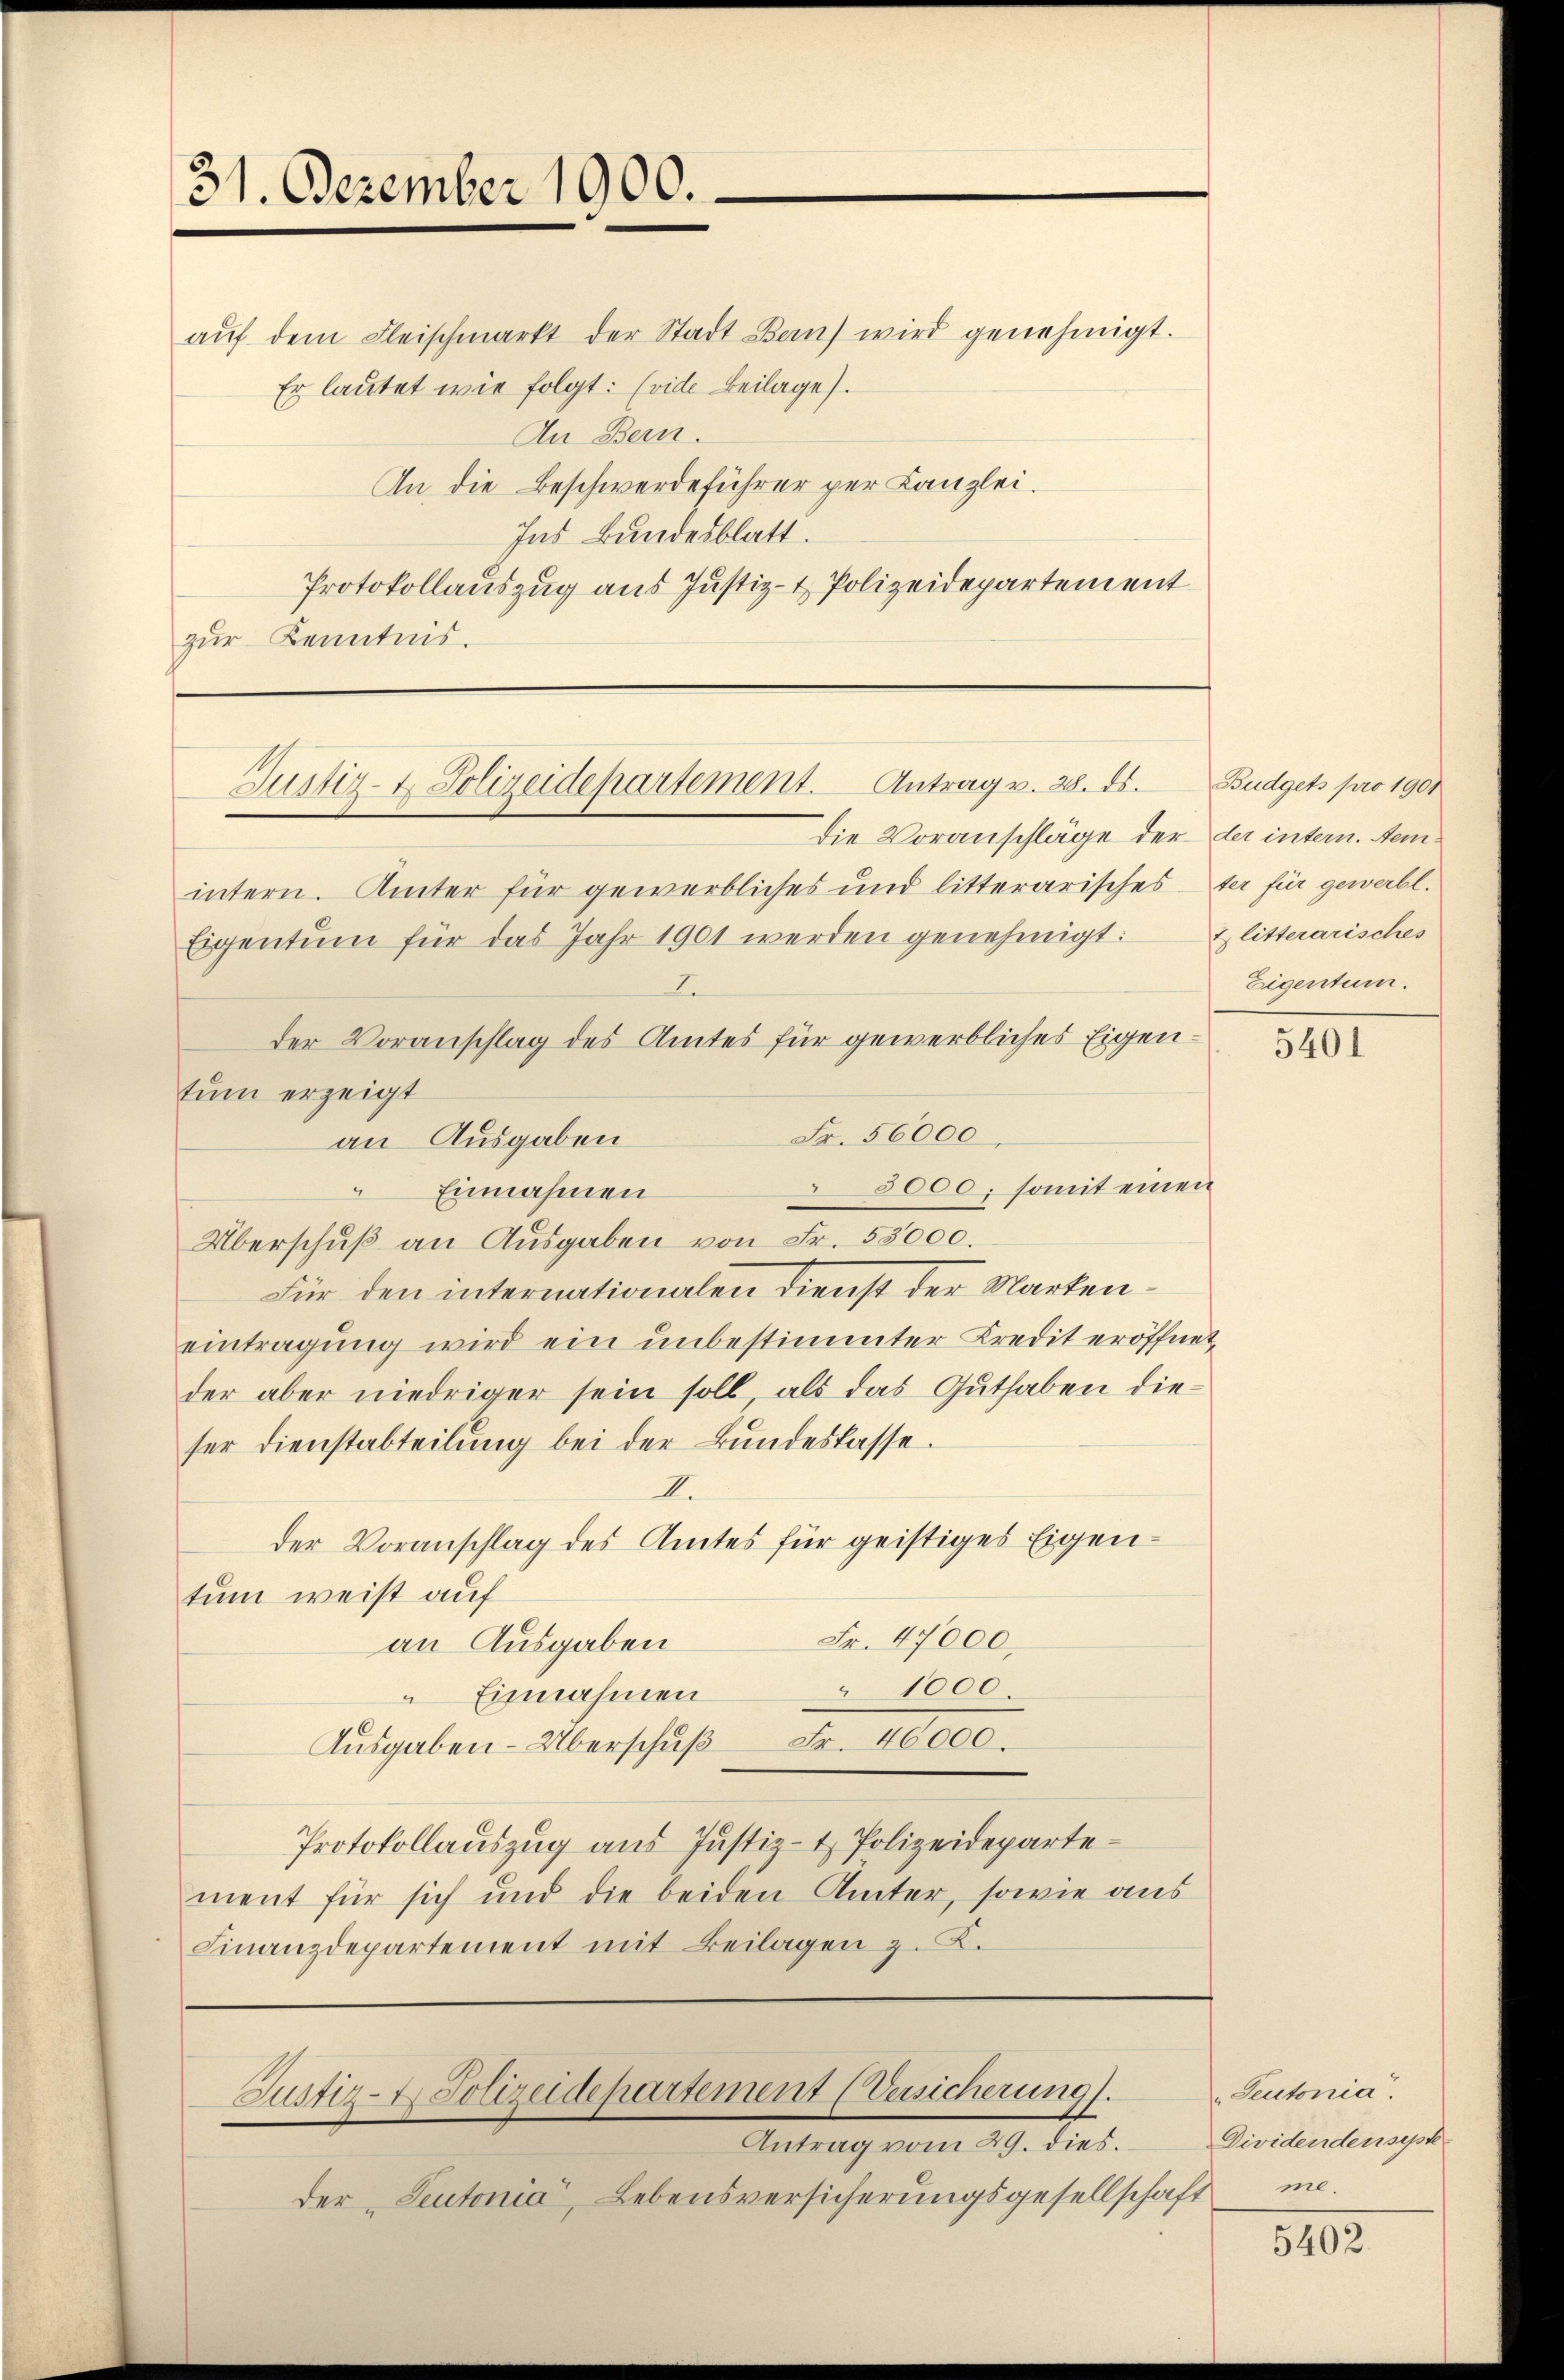
31. Dezember 1900.

aŭf dem Fleischmarkt der Stadt Bern wird genehmigt.
Er lautet wie folgt: (vide Beilage).
An Bern.
An die Beschwerdeführer per Kanzlei.
Ins Bundesblatt.
Protokollauszug aus Justiz- & Polizeidepartement
zur Kenntnis.

Justiz- & Polizeidepartement. Antrag v. 28. ds.
Die Voranschläge der der intern. Aem¬

intern. Ämter für gewerbliches und litterarischester für gewerbl.
Eigentum für das Jahr 1901 werden genehmigt:
2
der Voranschlag des Amtes für gewerbliches Eigentum erzeigt
Fr. 56000
3000, somit einen
Einnahmen
4
Überschŭβ an Ausgaben von Fr. 53000.
Für den internationalen Dienst der Markeneintragung wird ein unbestimmter Kredit eröffnet,
der aber niedriger sein soll, als das Guthaben dieser Dienstabteilung bei der Bundeslasse.
I.
der Voranschlag des Amtes für geistiges Eigen-
tum weist auf
Fr. 47000.
an Ausgaben
" 1000.
Einnahmen
Fr. 40000.
Ausgaben-Überschuß
Protokollaŭszŭg aŭs Jŭstiz- & Polizeidepartement für sich und die beiden Ämter, sowie aus
Finanzdepartement mit Beilagen z. K.

an Ausgaben

Justiz- & Polizeidepartement (Versicherung).

Antrag vom 19. dies
der „Seutonia, Lebensversicherungsgesellschaft

Budgets pro 1901
2 litterarisches
Eigentum.

5401

Seutonia
Dividenden septe
me.

3802.